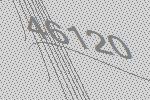
46120